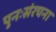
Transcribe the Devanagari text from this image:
पुनःसंरचना